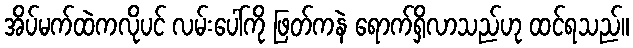
အိပ်မက်ထဲကလိုပင် လမ်းပေါ်ကို ဖြတ်ကနဲ ရောက်ရှိလာသည်ဟု ထင်ရသည်။